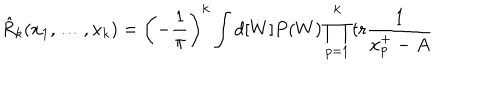
LaTeX: \hat { R } _ { k } ( x _ { 1 } , \ldots , x _ { k } ) = \left( - \frac { 1 } { \pi } \right) ^ { k } \int d [ W ] P ( W ) \prod _ { p = 1 } ^ { k } \mathrm { t r } \frac { 1 } { x _ { p } ^ { + } - A }